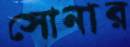
সোনার